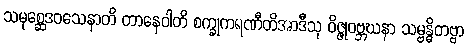
သမုစ္ဆေဒဝသေနာတိ တာနေဝါတိ စက္ခုကရဏီတိအာဒီသု ဝိဇ္ဇုဝဗ္ဘဃနာ သမ္ဗန္ဓိတဗ္ဗာ